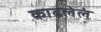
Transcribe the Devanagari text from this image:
काढलेलं